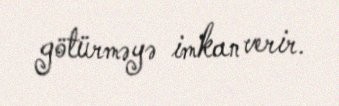
götürməyə imkan verir.